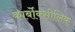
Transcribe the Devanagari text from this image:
कार्बोक्सीलिक